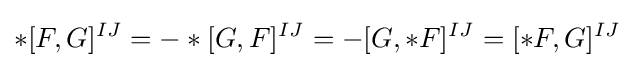
*[F,G]^{IJ}=-*[G,F]^{IJ}=-[G,*F]^{IJ}=[*F,G]^{IJ}